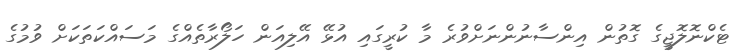
ޓެކްނޮލޮޖީގެ ގޮތުން އިންސާނުންނަށްވުރެ މާ ކުރީގައި އުޅޭ އޭލިއަން ހަލޯރާތެއްގެ މަސައްކަތަކަށް ވުމުގެ